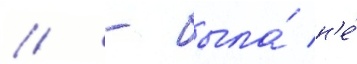
// - была́ н'е́